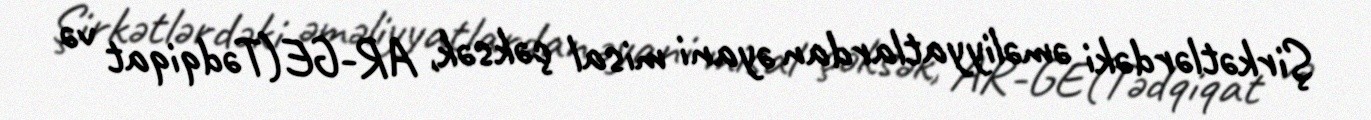
Şirkətlərdəki əməliyyatlardan əyani misal çəksək, AR-GE(Tədqiqat və